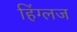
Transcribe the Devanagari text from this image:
हिंग्लज